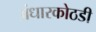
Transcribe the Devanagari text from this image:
अंधारकोठडी